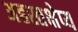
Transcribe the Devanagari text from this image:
अहस्तक्षेप्य